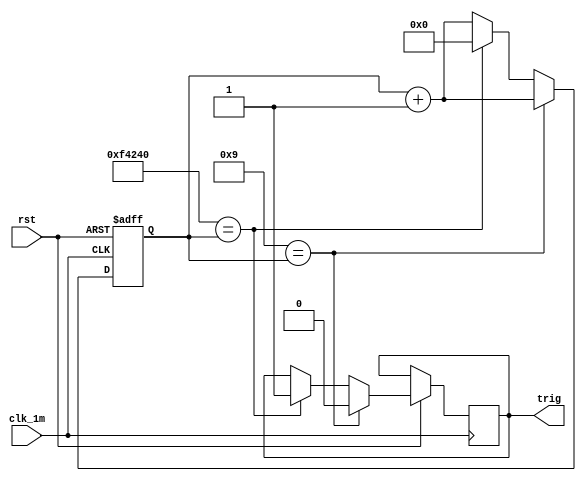
module TrigSignal(clk_1m, rst, trig); 
input clk_1m, rst;
output trig;

reg trig;
reg[19:0] count;

always@(posedge clk_1m, negedge rst)
begin
    if (~rst)
        count <= 0;
    else
    begin
        if (9 == count)
        begin
            trig <= 0;
            count <= count + 1;
        end
        else 
        begin
            if (1000000 == count)
            begin
                trig <= 1;
                count <= 0;
            end
            else
                count <= count + 1;
        end
    end
end
endmodule